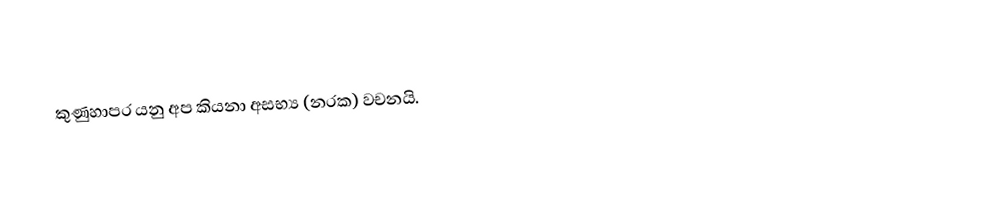
කුණුහාපර යනු අප කියනා අසභ්‍ය (නරක) වචනයි.